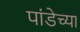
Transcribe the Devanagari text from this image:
पांडेच्या